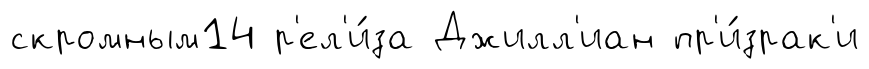
скромным14 р'ел'и́за Джилл'иан пр'и́зрак'и